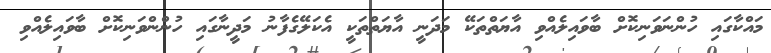
މައްކާގައި ހުންނަވަނިކޮށް ބާވައިލެއްވި އާޔަތްތަކޭ މަދަނީ އާޔަތްތަކީ އެކަލޭގެފާނު މަދީނާގައި ހުންންވަނިކޮށް ބާވައިލެއްވި